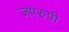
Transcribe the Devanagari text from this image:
जपरुपी